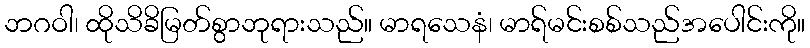
ဘဂဝါ၊ ထိုသိခိမြတ်စွာဘုရားသည်။ မာရသေနံ၊ မာရ်မင်းစစ်သည်အပေါင်းကို။